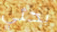
بحثي